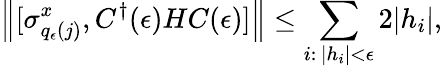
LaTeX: \left\| [\sigma_{q_{\epsilon}(j)}^{x},C^{\dagger}(\epsilon)HC(\epsilon)]\right\| \leq\sum_{i:\, |h_{i}|<\epsilon}2|h_{i}|,